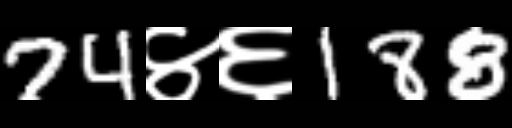
Text: 74४६188